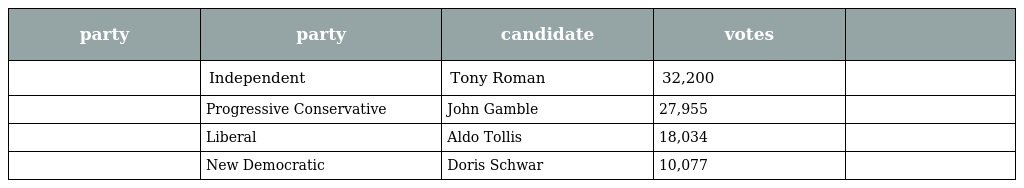
| party | party | candidate | votes |  |
 | --- | --- | --- | --- | --- |
 |  | Independent | Tony Roman | 32,200 |  |
 |  | Progressive Conservative | John Gamble | 27,955 |  |
 |  | Liberal | Aldo Tollis | 18,034 |  |
 |  | New Democratic | Doris Schwar | 10,077 |  |